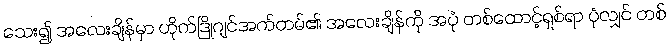
သေး၍ အလေးချိန်မှာ ဟိုက်ဒြိုဂျင်အက်တမ်၏ အလေးချိန်ကို အပုံ တစ်ထောင့်ရှစ်ရာ ပုံလျှင် တစ်